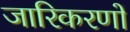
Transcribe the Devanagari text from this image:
जारिकरणों